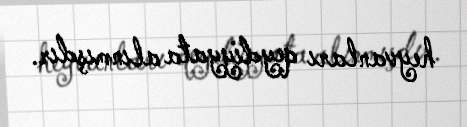
heyvanları qeydiyyata alınmışdır.